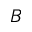
B